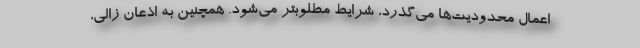
اعمال محدودیت‌ها می‌گذرد، شرایط مطلوبتر می‌شود. همچنین به اذعان زالی،